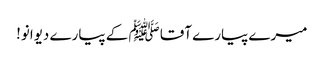
میرے پیارے آقا ﷺ کے پیارے دیوانو!